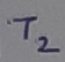
Text: T2